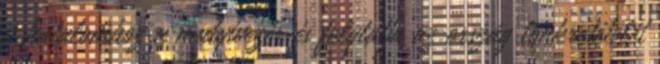
a hatalomhoz a mutyivezér és folytatja az ország tönkretételét